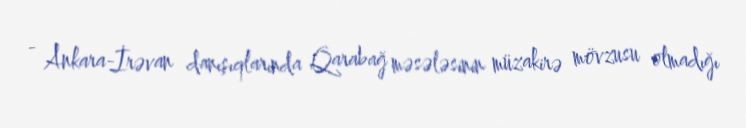
- Ankara-İrəvan danışıqlarında Qarabağ məsələsinin müzakirə mövzusu olmadığı